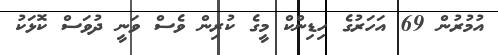
އުމުރުން 69 އަހަރުގެ ހިޑިންކް މީގެ ކުރިން ވެސް ވަނީ ދުވަސް ކޮޅަކު